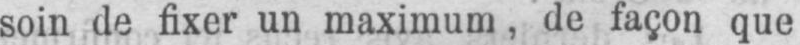
soin de fixer un maximum, de façon que